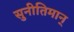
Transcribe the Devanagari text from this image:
सुनीतिमान्‌